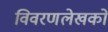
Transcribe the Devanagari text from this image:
विवरणलेखकों